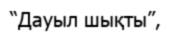
“Дауыл шықты”,